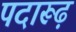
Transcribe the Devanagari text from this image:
पदारूढ़